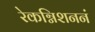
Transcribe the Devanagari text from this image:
रेकग्निशननं